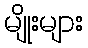
မျိုးများ